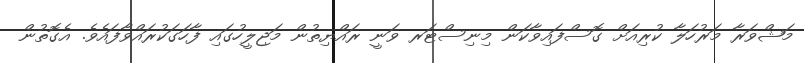
މަޝްވަރާ މަރުހަލާ ކުރިއަށް ގޮސްފައިވާކަން މިނިސްޓަރ ވަނީ ރައްޔިތުން މަޖިލީހުގައި ފާހަގަކުރައްވާފައެވެ. އެގޮތުން